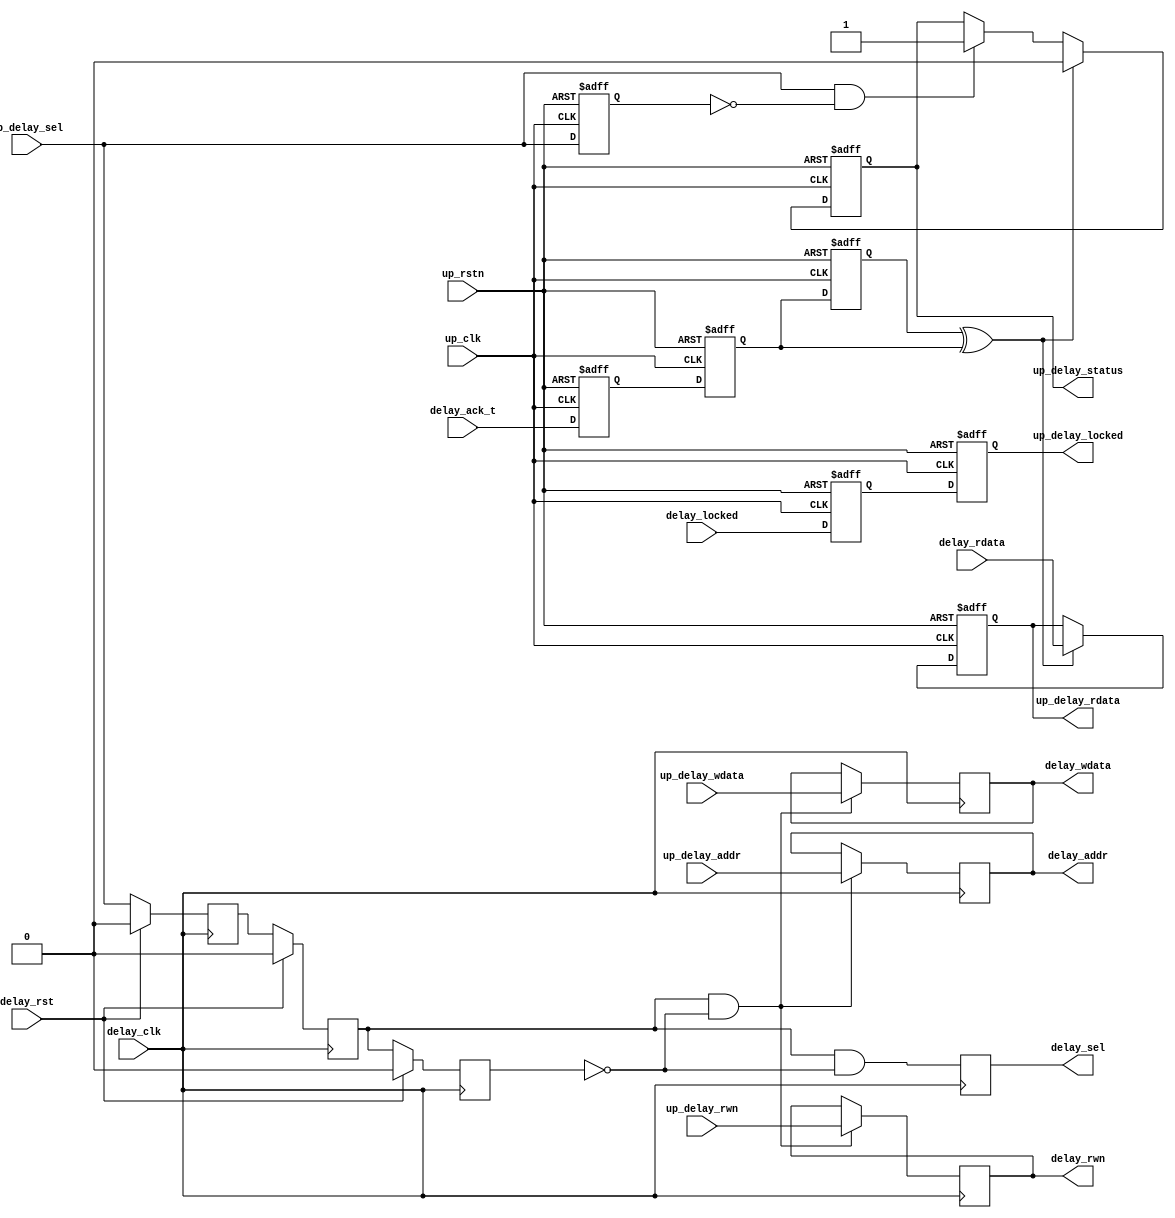
// ***************************************************************************
// ***************************************************************************
// Copyright 2011(c) Analog Devices, Inc.
// 
// All rights reserved.
// 
// Redistribution and use in source and binary forms, with or without modification,
// are permitted provided that the following conditions are met:
//     - Redistributions of source code must retain the above copyright
//       notice, this list of conditions and the following disclaimer.
//     - Redistributions in binary form must reproduce the above copyright
//       notice, this list of conditions and the following disclaimer in
//       the documentation and/or other materials provided with the
//       distribution.
//     - Neither the name of Analog Devices, Inc. nor the names of its
//       contributors may be used to endorse or promote products derived
//       from this software without specific prior written permission.
//     - The use of this software may or may not infringe the patent rights
//       of one or more patent holders.  This license does not release you
//       from the requirement that you obtain separate licenses from these
//       patent holders to use this software.
//     - Use of the software either in source or binary form, must be run
//       on or directly connected to an Analog Devices Inc. component.
//    
// THIS SOFTWARE IS PROVIDED BY ANALOG DEVICES "AS IS" AND ANY EXPRESS OR IMPLIED WARRANTIES,
// INCLUDING, BUT NOT LIMITED TO, NON-INFRINGEMENT, MERCHANTABILITY AND FITNESS FOR A
// PARTICULAR PURPOSE ARE DISCLAIMED.
//
// IN NO EVENT SHALL ANALOG DEVICES BE LIABLE FOR ANY DIRECT, INDIRECT, INCIDENTAL, SPECIAL,
// EXEMPLARY, OR CONSEQUENTIAL DAMAGES (INCLUDING, BUT NOT LIMITED TO, INTELLECTUAL PROPERTY
// RIGHTS, PROCUREMENT OF SUBSTITUTE GOODS OR SERVICES; LOSS OF USE, DATA, OR PROFITS; OR 
// BUSINESS INTERRUPTION) HOWEVER CAUSED AND ON ANY THEORY OF LIABILITY, WHETHER IN CONTRACT,
// STRICT LIABILITY, OR TORT (INCLUDING NEGLIGENCE OR OTHERWISE) ARISING IN ANY WAY OUT OF 
// THE USE OF THIS SOFTWARE, EVEN IF ADVISED OF THE POSSIBILITY OF SUCH DAMAGE.
// ***************************************************************************
// ***************************************************************************
// ***************************************************************************
// ***************************************************************************

`timescale 1ns/100ps

module up_delay_cntrl (

  // delay interface

  delay_clk,
  delay_rst,
  delay_sel,
  delay_rwn,
  delay_addr,
  delay_wdata,
  delay_rdata,
  delay_ack_t,
  delay_locked,

  // processor interface

  up_rstn,
  up_clk,
  up_delay_sel,
  up_delay_rwn,
  up_delay_addr,
  up_delay_wdata,
  up_delay_rdata,
  up_delay_status,
  up_delay_locked);

  // delay interface

  input           delay_clk;
  input           delay_rst;
  output          delay_sel;
  output          delay_rwn;
  output  [ 7:0]  delay_addr;
  output  [ 4:0]  delay_wdata;
  input   [ 4:0]  delay_rdata;
  input           delay_ack_t;
  input           delay_locked;

  // processor interface

  input           up_rstn;
  input           up_clk;
  input           up_delay_sel;
  input           up_delay_rwn;
  input   [ 7:0]  up_delay_addr;
  input   [ 4:0]  up_delay_wdata;
  output  [ 4:0]  up_delay_rdata;
  output          up_delay_status;
  output          up_delay_locked;

  // internal registers

  reg             delay_sel_m1 = 'd0;
  reg             delay_sel_m2 = 'd0;
  reg             delay_sel_m3 = 'd0;
  reg             delay_sel = 'd0;
  reg             delay_rwn = 'd0;
  reg     [ 7:0]  delay_addr = 'd0;
  reg     [ 4:0]  delay_wdata = 'd0;
  reg             up_delay_locked_m1 = 'd0;
  reg             up_delay_locked = 'd0;
  reg             up_delay_ack_t_m1 = 'd0;
  reg             up_delay_ack_t_m2 = 'd0;
  reg             up_delay_ack_t_m3 = 'd0;
  reg             up_delay_sel_d = 'd0;
  reg             up_delay_status = 'd0;
  reg     [ 4:0]  up_delay_rdata = 'd0;

  // internal signals

  wire            up_delay_ack_t_s;
  wire            up_delay_sel_s;

  // delay control transfer

  always @(posedge delay_clk) begin
    if (delay_rst == 1'b1) begin
      delay_sel_m1 <= 'd0;
      delay_sel_m2 <= 'd0;
      delay_sel_m3 <= 'd0;
    end else begin
      delay_sel_m1 <= up_delay_sel;
      delay_sel_m2 <= delay_sel_m1;
      delay_sel_m3 <= delay_sel_m2;
    end
  end

  always @(posedge delay_clk) begin
    delay_sel <= delay_sel_m2 & ~delay_sel_m3;
    if ((delay_sel_m2 == 1'b1) && (delay_sel_m3 == 1'b0)) begin
      delay_rwn <= up_delay_rwn;
      delay_addr <= up_delay_addr;
      delay_wdata <= up_delay_wdata;
    end
  end

  // delay status transfer

  assign up_delay_ack_t_s = up_delay_ack_t_m3 ^ up_delay_ack_t_m2;
  assign up_delay_sel_s = up_delay_sel & ~up_delay_sel_d;

  always @(negedge up_rstn or posedge up_clk) begin
    if (up_rstn == 0) begin
      up_delay_locked_m1 <= 'd0;
      up_delay_locked <= 'd0;
      up_delay_ack_t_m1 <= 'd0;
      up_delay_ack_t_m2 <= 'd0;
      up_delay_ack_t_m3 <= 'd0;
      up_delay_sel_d <= 'd0;
      up_delay_status <= 'd0;
      up_delay_rdata <= 'd0;
    end else begin
      up_delay_locked_m1 <= delay_locked;
      up_delay_locked <= up_delay_locked_m1;
      up_delay_ack_t_m1 <= delay_ack_t;
      up_delay_ack_t_m2 <= up_delay_ack_t_m1;
      up_delay_ack_t_m3 <= up_delay_ack_t_m2;
      up_delay_sel_d <= up_delay_sel;
      if (up_delay_ack_t_s == 1'b1) begin
        up_delay_status <= 1'b0;
      end else if (up_delay_sel_s == 1'b1) begin
        up_delay_status <= 1'b1;
      end
      if (up_delay_ack_t_s == 1'b1) begin
        up_delay_rdata <= delay_rdata;
      end
    end
  end

endmodule

// ***************************************************************************
// ***************************************************************************